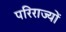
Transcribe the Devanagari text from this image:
परिराज्यों